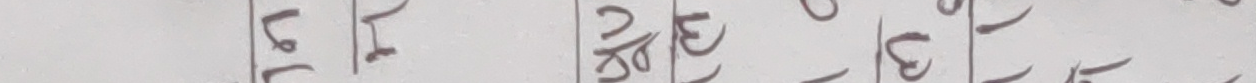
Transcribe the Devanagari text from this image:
लाई दिदिहरुको आखाले